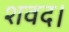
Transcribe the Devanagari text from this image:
शवद।